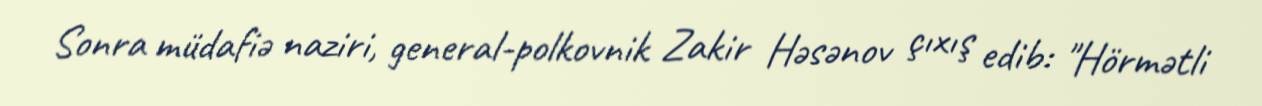
Sonra müdafiə naziri, general-polkovnik Zakir Həsənov çıxış edib: "Hörmətli